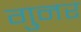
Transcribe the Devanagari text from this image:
गुनर